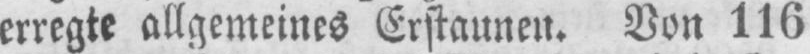
erregte allgemeines Erstaunen. Von 116